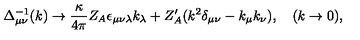
\Delta _ { \mu \nu } ^ { - 1 } ( k ) \to \frac { \kappa } { 4 \pi } Z _ { A } \epsilon _ { \mu \nu \lambda } k _ { \lambda } + Z _ { A } ^ { \prime } ( k ^ { 2 } \delta _ { \mu \nu } - k _ { \mu } k _ { \nu } ) , \quad ( k \to 0 ) ,